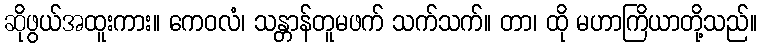
ဆိုဖွယ်အထူးကား။ ကေဝလံ၊ သန္တာန်တူမဖက် သက်သက်။ တာ၊ ထို မဟာကြိယာတို့သည်။